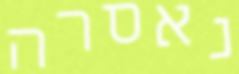
נאסרה